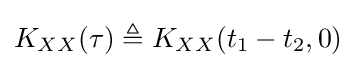
K_{XX}(\tau )\triangleq K_{XX}(t_{1}-t_{2},0)